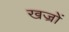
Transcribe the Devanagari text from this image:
खज्रों